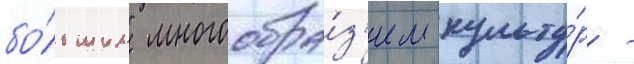
бо́льшим многообра́з'ием культу́р -